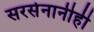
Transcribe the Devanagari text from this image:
सरसेनानीही